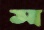
ম